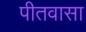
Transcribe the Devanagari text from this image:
पीतवासा